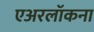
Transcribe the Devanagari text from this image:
एअरलॉकना